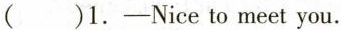
( )1.-Nice to meet you.